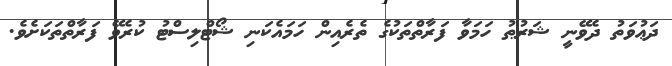
ދަޢުވަތު ދެވޭނީ ޝަރުޠު ހަމަވާ ފަރާތްތަކުގެ ތެރެއިން ހަމައެކަނި ޝޯޓްލިސްޓު ކުރެވޭ ފަރާތްތަކަށެވެ.